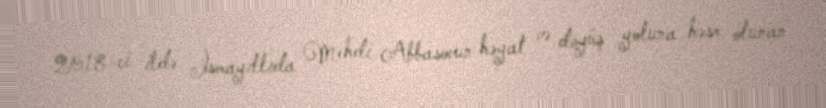
2018-ci ildə İsmayıllıda Mehdi Abbasovun həyat və döyüş yoluna həsr olunan